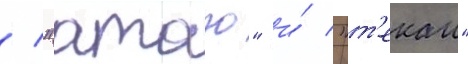
/ "атаго" и́ "т'екаи"